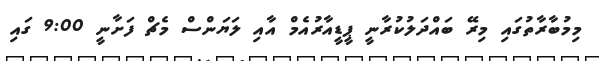
މިމުބާރާތުގައި މިރޭ ބައްދަލުކުރާނީ ޕީޑީއާރުއެމް އާއި ލަޔަންސް މެޗް ފަށާނީ 9:00 ގައި